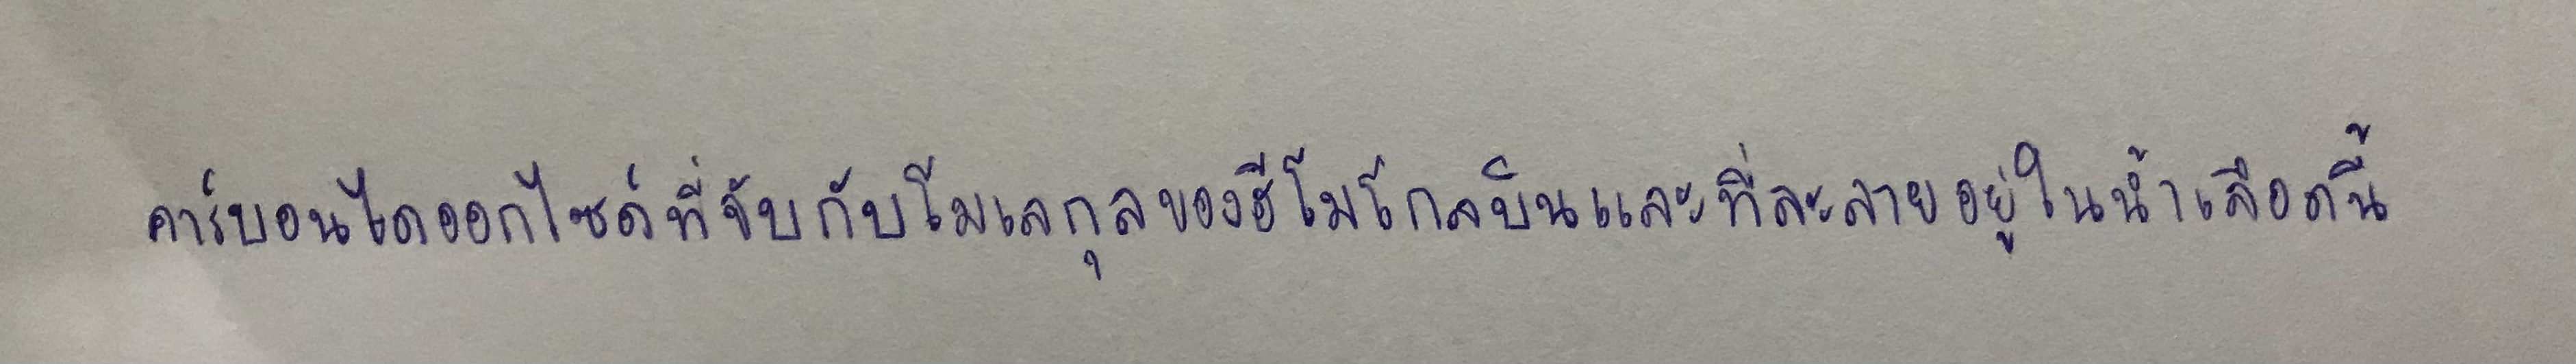
คาร์บอนไดออกไซด์ที่จับกับโมเลกุลของฮีโมโกลบินและที่ละลายอยู่ในน้ำเลือดนี้